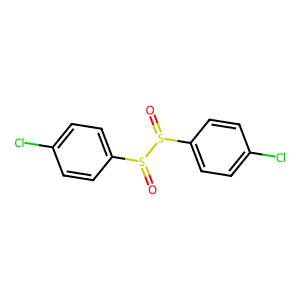
SMILES: O=S(c1ccc(Cl)cc1)S(=O)c1ccc(Cl)cc1
Inhibits HIV replication: No